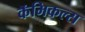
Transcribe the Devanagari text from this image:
कॅमिकल्स